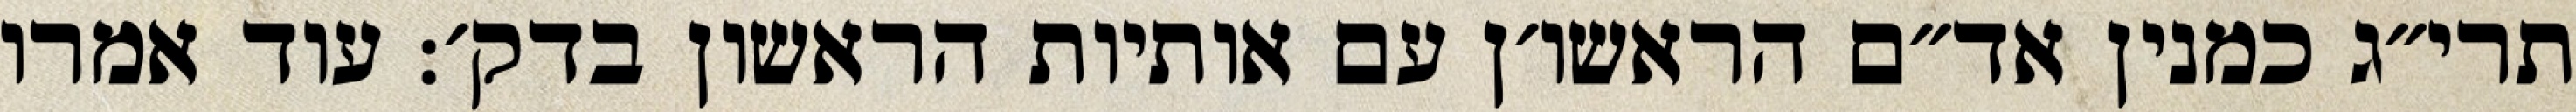
תרי״ג כמנין אד״ם הראשו׳ן עם אותיות הראשון בדק׳: עוד אמרו